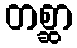
တစ္ဆာ